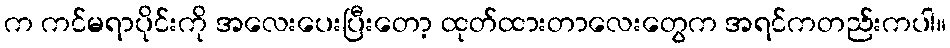
က ကင်မရာပိုင်းကို အလေးပေးပြီးတော့ ထုတ်ထားတာလေးတွေက အရင်ကတည်းကပါ။